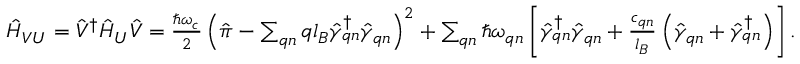
\begin{array} { r } { \hat { H } _ { V U } = \hat { V } ^ { \dagger } \hat { H } _ { U } \hat { V } = \frac { \hbar \omega _ { c } } { 2 } \left( \hat { \boldsymbol { \pi } } - \sum _ { \boldsymbol { q } n } \boldsymbol { q } l _ { B } \hat { \gamma } _ { \boldsymbol { q } n } ^ { \dagger } \hat { \gamma } _ { \boldsymbol { q } n } \right) ^ { 2 } + \sum _ { \boldsymbol { q } n } \hbar \omega _ { \boldsymbol { q } n } \left[ \hat { \gamma } _ { \boldsymbol { q } n } ^ { \dagger } \hat { \gamma } _ { \boldsymbol { q } n } + \frac { c _ { \boldsymbol { q } n } } { l _ { B } } \left( \hat { \gamma } _ { \boldsymbol { q } n } + \hat { \gamma } _ { \boldsymbol { q } n } ^ { \dagger } \right) \right] . } \end{array}